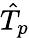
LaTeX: \hat{T}_{p}